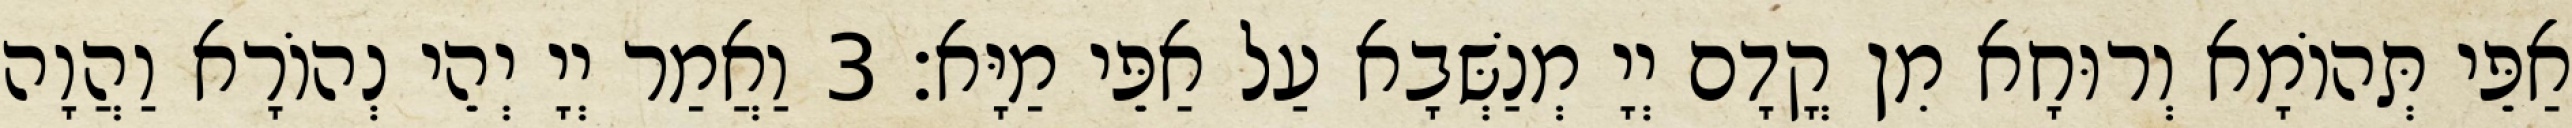
אַפֵּי תְּהוֹמָא וְרוּחָא מִן קֳדָם יְיָ מְנַשְּׁבָא עַל אַפֵּי מַיָּא׃ 3 וַאֲמַר יְיָ יְהֵי נְהוֹרָא וַהֲוָה